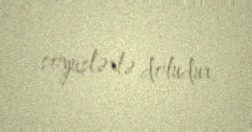
söyüşlərlə doludur.